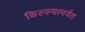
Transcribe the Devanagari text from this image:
किल्ल्यापर्यत